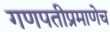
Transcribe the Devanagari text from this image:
गणपतीप्रमाणेच